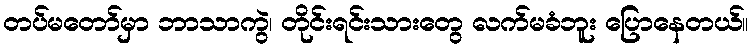
တပ်မတော်မှာ ဘာသာကွဲ၊ တိုင်းရင်းသားတွေ လက်မခံဘူး ပြောနေတယ်။